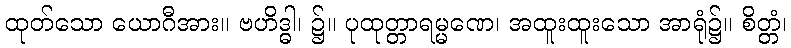
ထုတ်သော ယောဂီအား။ ဗဟိဒ္ဓါ၊ ၌။ ပုထုတ္တာရမ္မဏေ၊ အထူးထူးသော အာရုံ၌။ စိတ္တံ၊